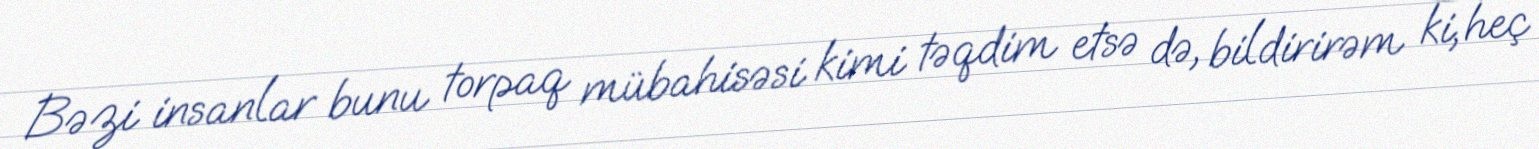
Bəzi insanlar bunu torpaq mübahisəsi kimi təqdim etsə də, bildirirəm ki, heç